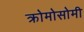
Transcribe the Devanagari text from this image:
क्रोमोसोमी